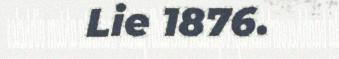
Lie 1876.